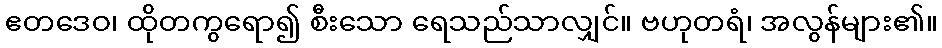
ဧတဒေဝ၊ ထိုတကွရော၍ စီးသော ရေသည်သာလျှင်။ ဗဟုတရံ၊ အလွန်များ၏။